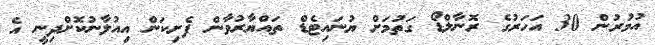
އުމުރުން 30 އަހަރުގެ ރޮނާލްޑޯ ގަތުމަށް ޔުނައިޓެޑް ތައްޔާރުވާން ފެށިކަން އިއުލާނުކޮށްދިނީ އެ